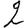
Digit: 2